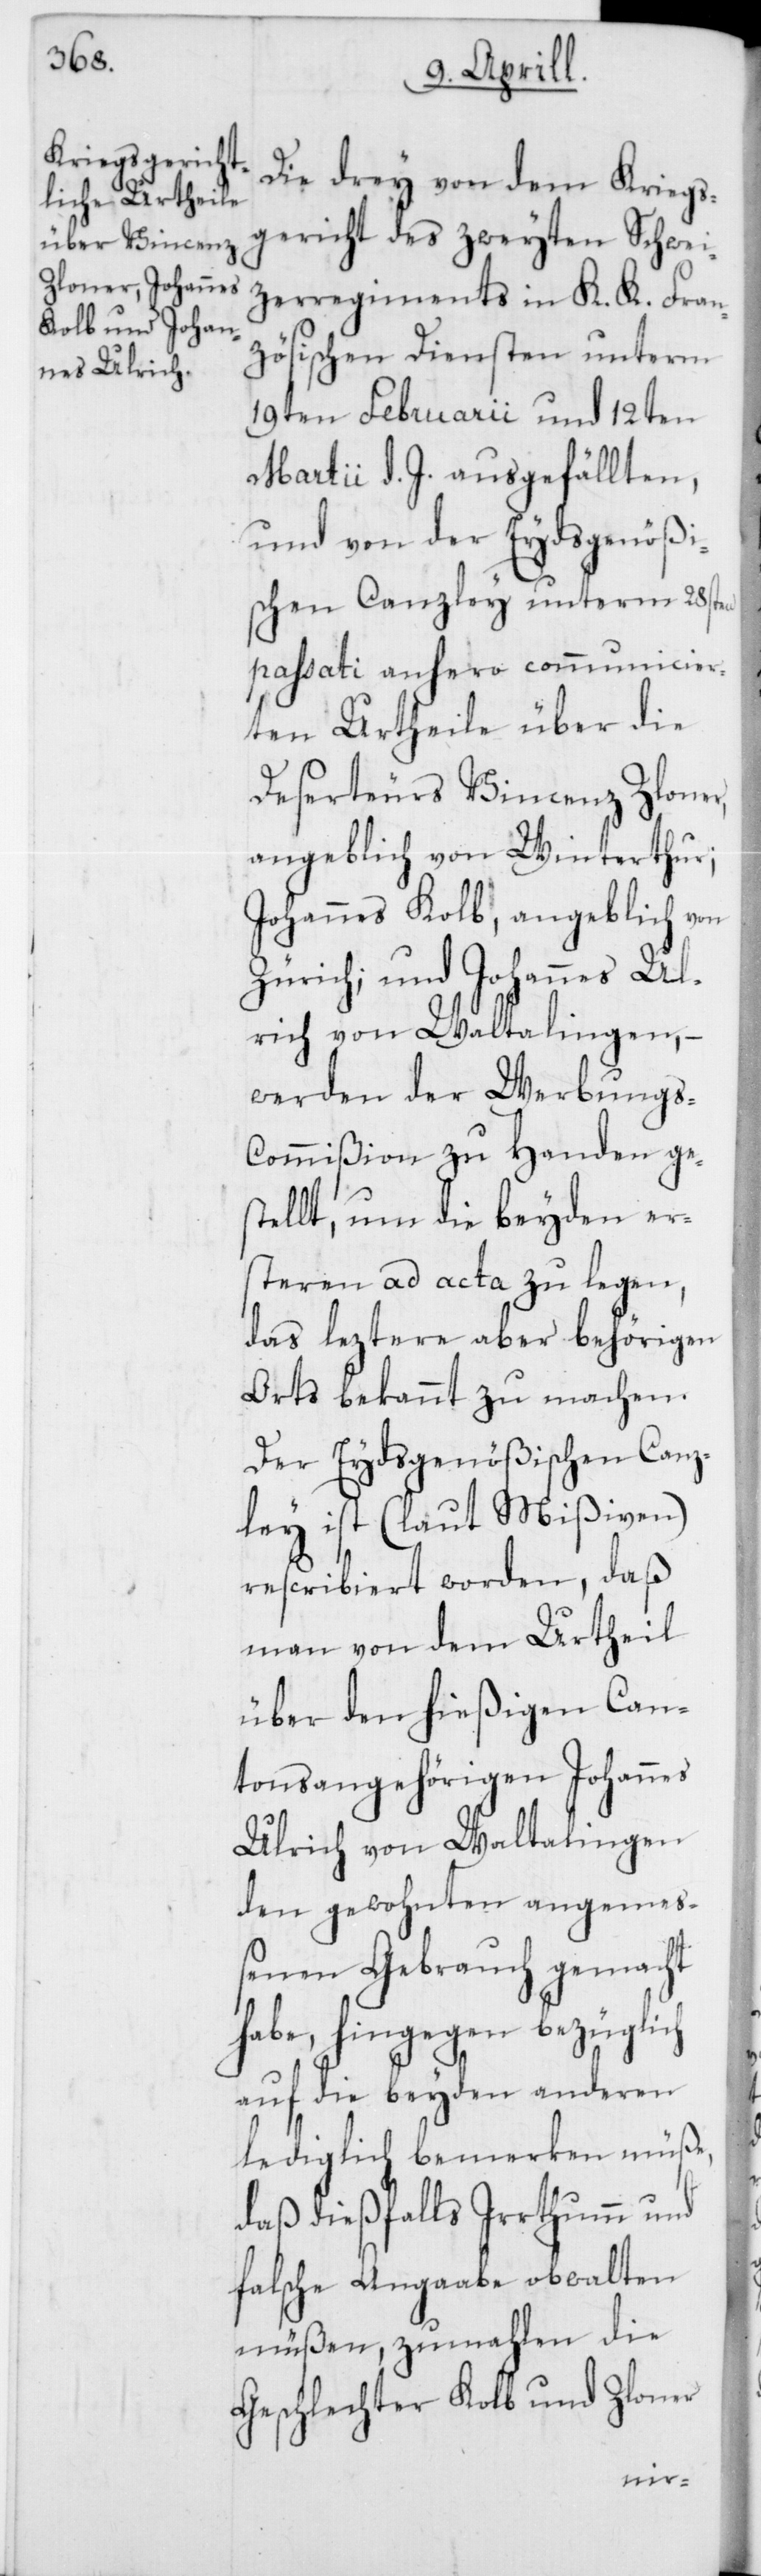
Die drey von dem Kriegs¬
gericht des zweyten Schwei¬
zerregiments in K. K. Fran¬
zösischen Diensten unterm
19ten Februarii und 12ten
Martii d. J. ausgefällten,
und von der Eydsgenößi¬
schen Canzley unterm 28sten
passati anhero communicier¬
ten Urtheile über die
Deserteurs Vincenz Zloner,
angeblich von Winterthur;
Johannes Kolb, angeblich von
Zürich; und Johannes Ul¬
rich von Waltalingen, –
werden der Werbungs-C¬
ommißion zu Handen ge¬
ellt, um die beyden er¬
steren ad acta zu legen,
das leztere aber behörigen
Orts bekannt zu machen.
Der Eydsgenößischen Canz¬
ley ist (laut Mißiven)
rescribiert worden, daß
man von dem Urtheil
über den hießigen Can¬
tonsangehörigen Johannes
Ulrich von Waltalingen
den gewohnten angemeß¬
enen Gebrauch gemacht
habe, hingegen bezüglich
auf die beyden anderen
lediglich bemerken müße,
daß dießfalls Irrthum und
falsche Angaabe obwalten
müßen, zumahlen die
Geschlechter Kolb und Zloner
st¬